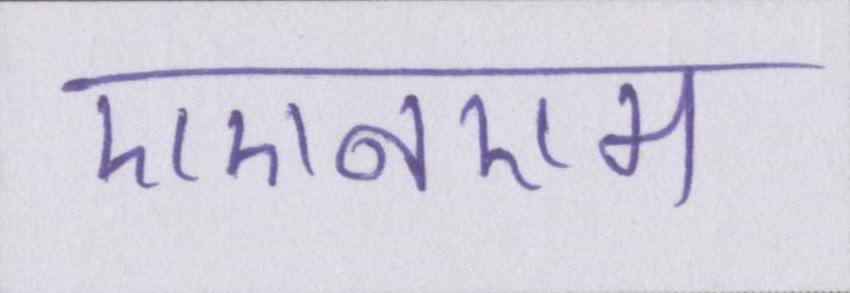
एएनएम